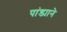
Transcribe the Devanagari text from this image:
पांड्याने